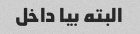
البته بیا داخل